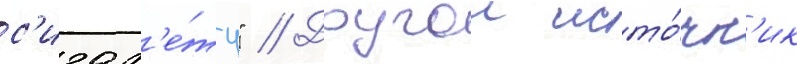
с'игар'е́ту" // Другои исто́чн'ик